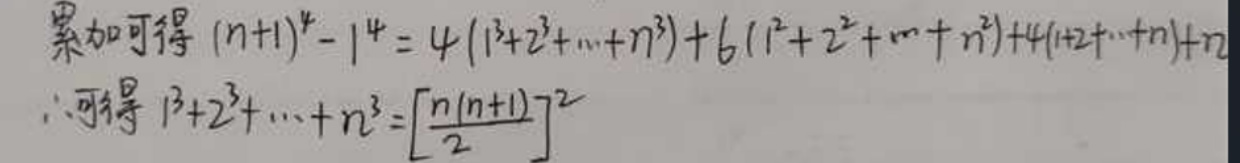
累加可得\( (n + 1)^4-1^4=4(1^3 + 2^3+\cdots + n^3)+6(1^2 + 2^2+\cdots + n^2)+4(1 + 2+\cdots + n)+n\)\\
\(\therefore\)可得\( 1^3 + 2^3+\cdots + n^3=\left[\frac{n(n + 1)}{2}\right]^2\)